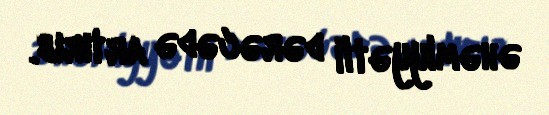
əhəmiyyətli dərəcədə artırıb.